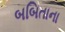
બબિતાના